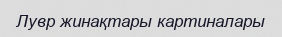
Лувр жинақтары картиналары